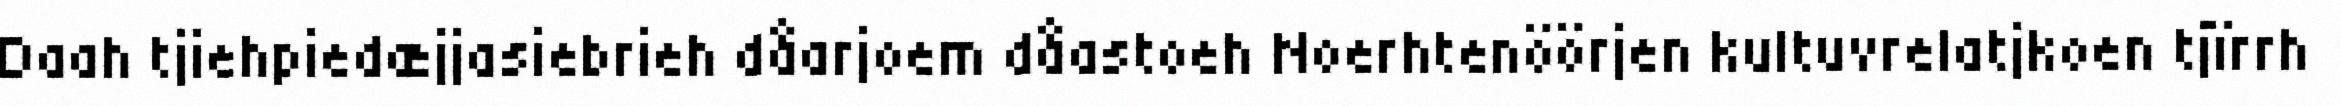
Daah tjiehpiedæjjasiebrieh dåarjoem dåastoeh Noerhtenöörjen kultuvrelatjkoen tjïrrh